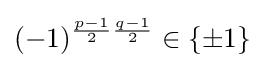
(-1)^{{\frac {p-1}{2}}{\frac {q-1}{2}}}\in \{\pm 1\}